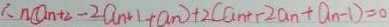
\therefore n ( a _ { n + 2 } - 2 a _ { n + 1 } + a _ { n } ) + r 2 ( a _ { n } + 2 a _ { n } + a _ { n } - 1 ) = 0